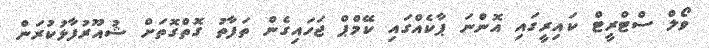
ވޯލް ސްޓްރީޓް ކައިރީގައި އޮންނަ ޕާކެއްގައި ކޭމްޕް ޖަހައިގެން ތަފާތު ގޮތްގޮތަށް ޝުއޫރުފާޅުކުރަން